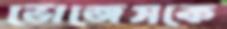
ভোজেসকে